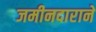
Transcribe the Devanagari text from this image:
जमीनदाराने